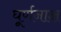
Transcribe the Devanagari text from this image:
घूर्णनाक्ष